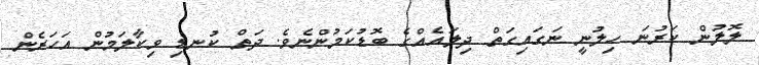
ލޮލުން ކަރުނަ ހިލުނީ ނަގައިގަތް ދިލައެއްގެ ބޮޑުކަމުންނެވެ. ދަތް ކުނޑި ވިކާލަމުން އަހަރެން